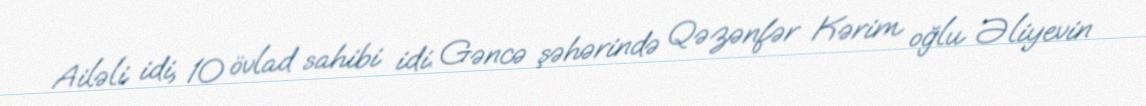
Ailəli idi, 10 övlad sahibi idi. Gəncə şəhərində Qəzənfər Kərim oğlu Əliyevin